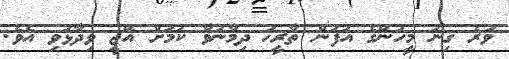
ވުރެ ގިނަ މީހުންގެ އުފަން ތާރީޚު ދިމާނުވާ ކަމަށް އޭޖީ ވިދާޅުވި އެވެ.